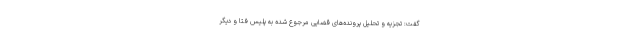
گفت:‌ تجزیه و تحلیل پرونده‌های قضایی مرجوع شده به پلیس فتا و دیگر